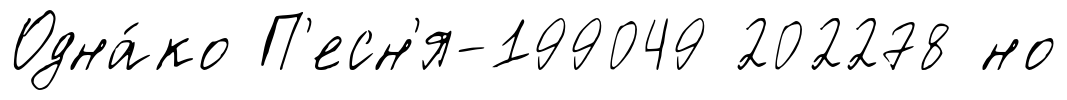
Одна́ко П'есн'я-199049 202278 но